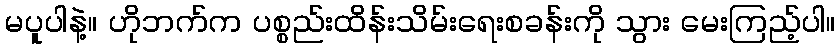
မပူပါနဲ့။ ဟိုဘက်က ပစ္စည်းထိန်းသိမ်းရေးစခန်းကို သွား မေးကြည့်ပါ။